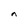
Character: n